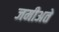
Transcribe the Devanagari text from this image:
जमीअते